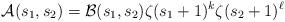
LaTeX: \begin{align*} \mathcal{A}(s_1,s_2) = \mathcal{B}(s_1,s_2) \zeta(s_1+1)^{k} \zeta(s_2+1)^{\ell} \end{align*}